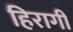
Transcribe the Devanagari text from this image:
हिरागी